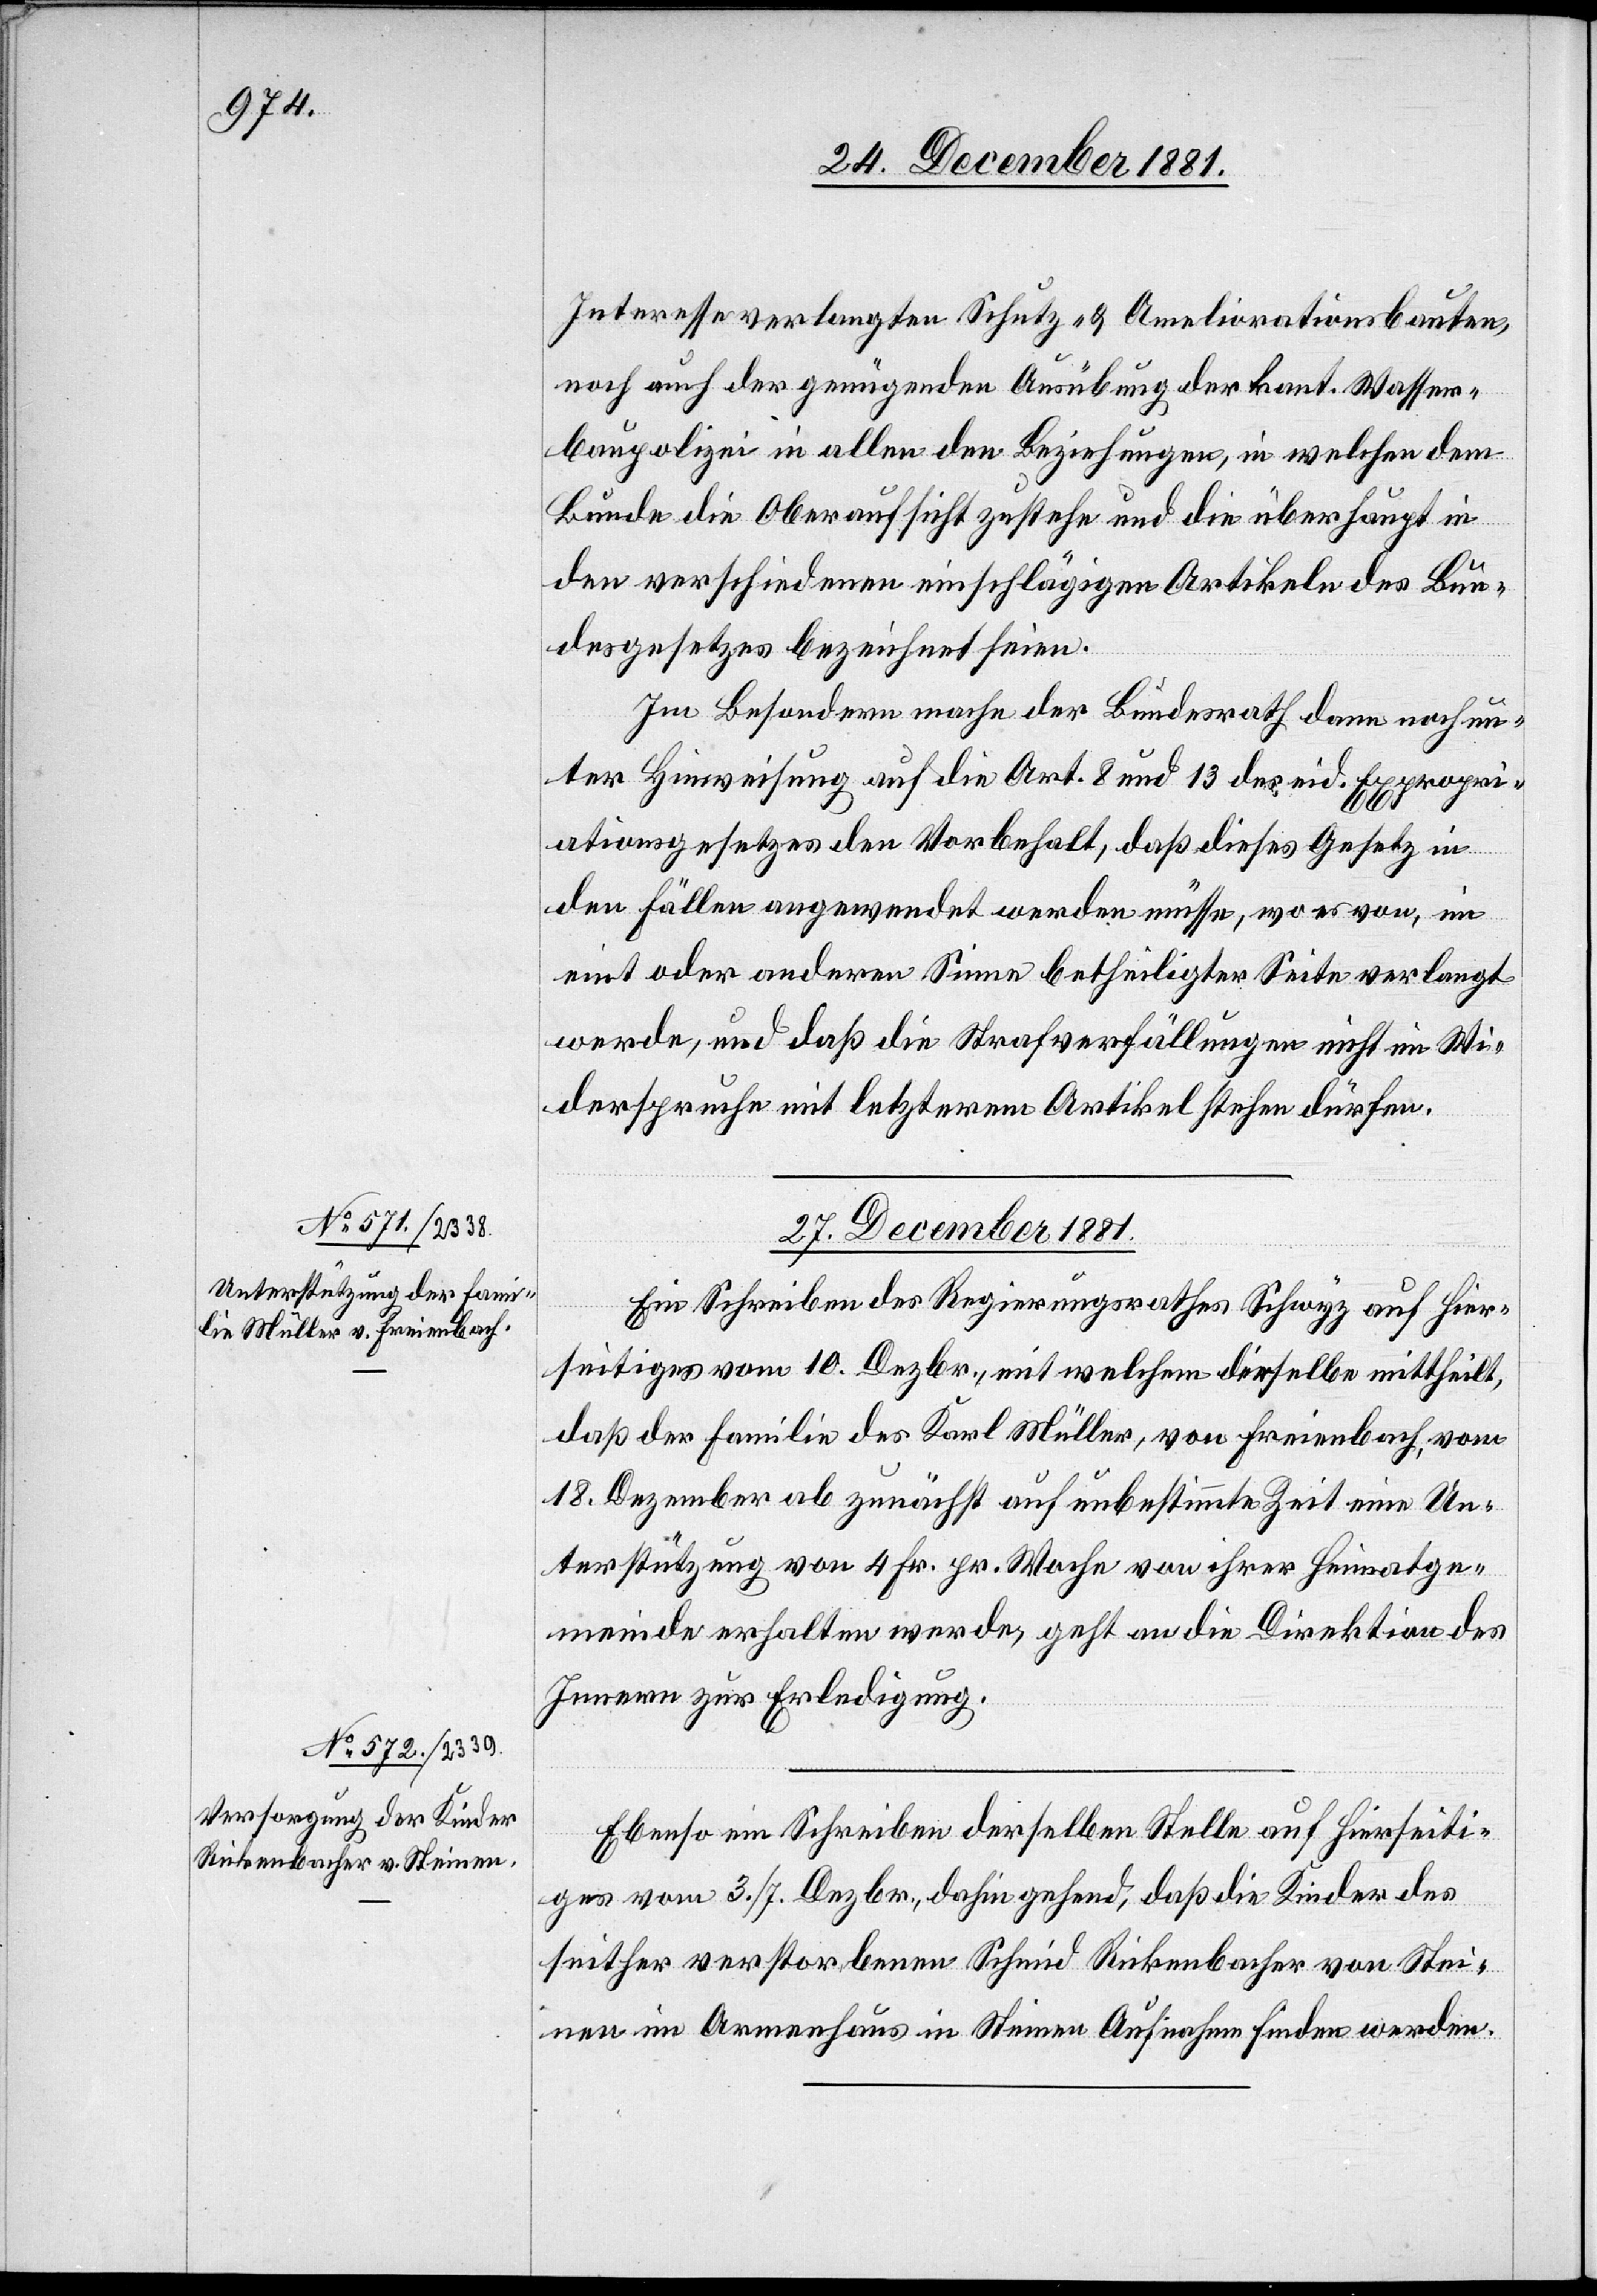
Interesse verlangten Schutz- & Ameliorationsbauten,
noch auch der genügenden Ausübung der kant. Wasser¬
baupolizei in allen den Beziehungen, in welchen dem
Bunde die Oberaufsicht zustehe und die überhaupt in
den verschiedenen einschlägigen Artikeln des Bun¬
desgesetzes bezeichnet seien.
Im Besondern mache der Bundesrath dann noch un¬
ter Hinweisung auf die Art. 8 und 13 des eid. Expropri¬
ationsgesetzes den Vorbehalt, daß dieses Gesetz in
den Fällen angewendet werden müsse, wo es von, im
eint oder anderen Sinne betheiligter, Seite verlangt
werde, und daß die Strafverfällungen nicht im Wi¬
derspruche mit letzterem Artikel stehen dürfen.
27. December 1881.]
Ein Schreiben des Regierungsrathes Schwyz auf hier¬
seitiges vom 10. Dezbr., mit welchem dieselbe mittheilt,
die] Familie des Karl Müller, von Freienbach, vom
18. Dezember ab zunächst auf unbestimmte Zeit eine Un¬
terstützung von 4 Fr. pr. Woche von ihrer Heimatge¬
meinde erhalten werde, geht an die Direktion des
Innern zur Erledigung.
Ebenso ein Schreiben derselben Stelle auf hierseiti¬
ges vom 3./7. Dezbr., dahin gehend, daß die Kinder des
seither verstorbenen Schmid Rickenbacher von Stei¬
nen im Armenhaus in Steinen Aufnahme finden werden.